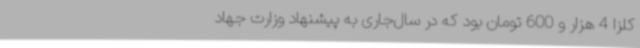
کلزا 4 هزار و 600 تومان بود که در سال‌جاری به پیشنهاد وزارت جهاد